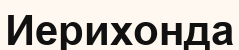
Иерихонда